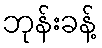
ဘုန်းခန့်